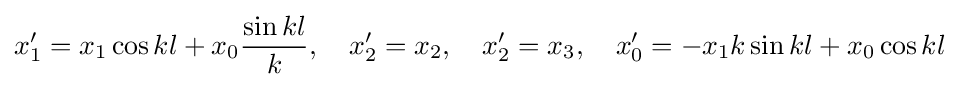
x_{1}^{\prime }=x_{1}\cos kl+x_{0}{\frac {\sin kl}{k}},\quad x_{2}^{\prime }=x_{2},\quad x_{2}^{\prime }=x_{3},\quad x_{0}^{\prime }=-x_{1}k\sin kl+x_{0}\cos kl